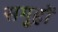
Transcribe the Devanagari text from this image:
समू्हों